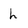
Character: h